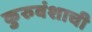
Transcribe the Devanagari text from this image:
कुरुवंशाची